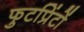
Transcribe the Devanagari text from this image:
फुटप्रिंटों